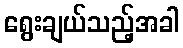
ရွေးချယ်သည့်အခါ